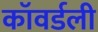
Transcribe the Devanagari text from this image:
कॉवर्डली